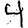
Digit: 4